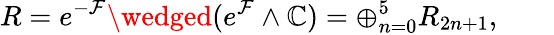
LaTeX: R=e^{-{\cal{F}}}\wedged(e^{\cal{F}}\wedge\mathbb{C})=\oplus_{n=0}^{5}R_{2n+1},\qquad